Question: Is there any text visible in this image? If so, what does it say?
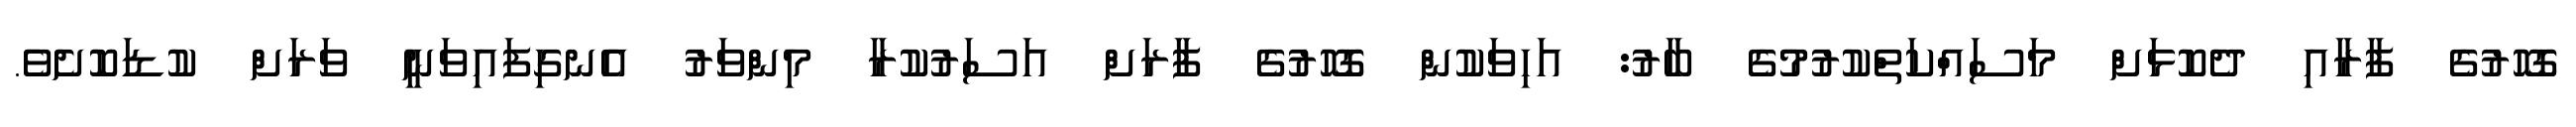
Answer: ގޮހޮރުގެ ފާރާއި ދެކޮޅަށް މަސައްކަތްކުރުމުގެ ބާރު: އަހިވަކުން ގޮހޮރުގެ ފާރަށް އަސަރުކުރާ މިންވަރު އެނގިފައިވަނީ ވަރަށް ކުޑަކޮށެވެ.